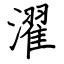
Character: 濯